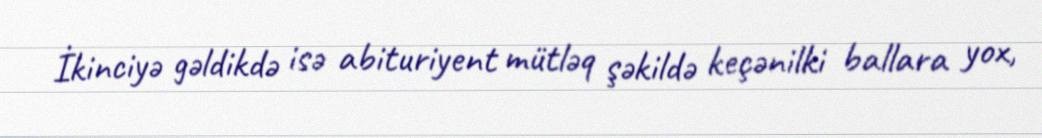
İkinciyə gəldikdə isə abituriyent mütləq şəkildə keçənilki ballara yox,